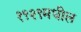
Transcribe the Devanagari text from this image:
१९२९मधील